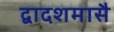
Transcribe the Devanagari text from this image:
द्वादशमासै